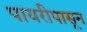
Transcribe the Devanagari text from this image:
पायरीपासून